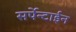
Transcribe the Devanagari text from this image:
सर्पेन्टाईन